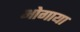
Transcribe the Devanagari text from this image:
भोगाया